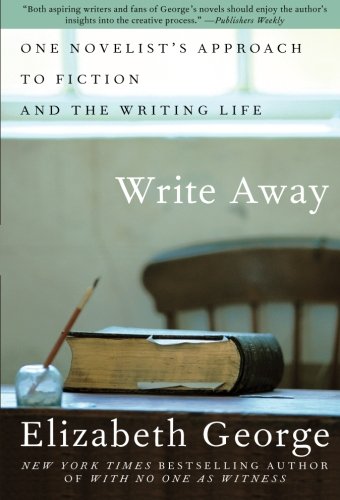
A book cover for Write Away: One Novelist's Approach to Fiction and the Writing Life; Elizabeth George; Reference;